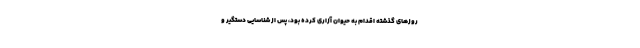
روزهای گذشته اقدام به حیوان آزاری کرده بود، پس از شناسایی دستگیر و